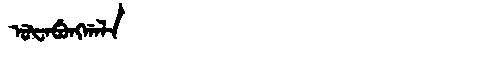
Manchu: ᡠᡶᠠᠪᡠᠩᡤᠠᠯᠠ
Romanization: UFABUNGGALA